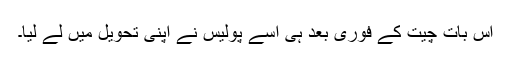
اِس بات چیت کے فوری بعد ہی اُسے پولیس نے اپنی تحویل میں لے لیا۔